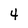
Character: 4